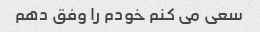
سعی می کنم خودم را وفق دهم